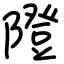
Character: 隥